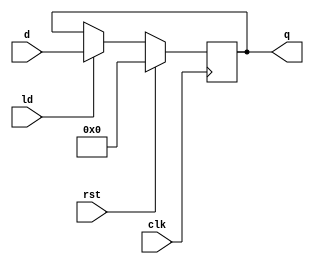
module register(input signed[37:0]d,input clk,rst,ld,output reg [37:0]q);

always @(posedge clk) begin

if(rst)
 q <=38'b0;
 else if(ld)
  q <=d;
 end
 endmodule